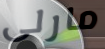
مارلى